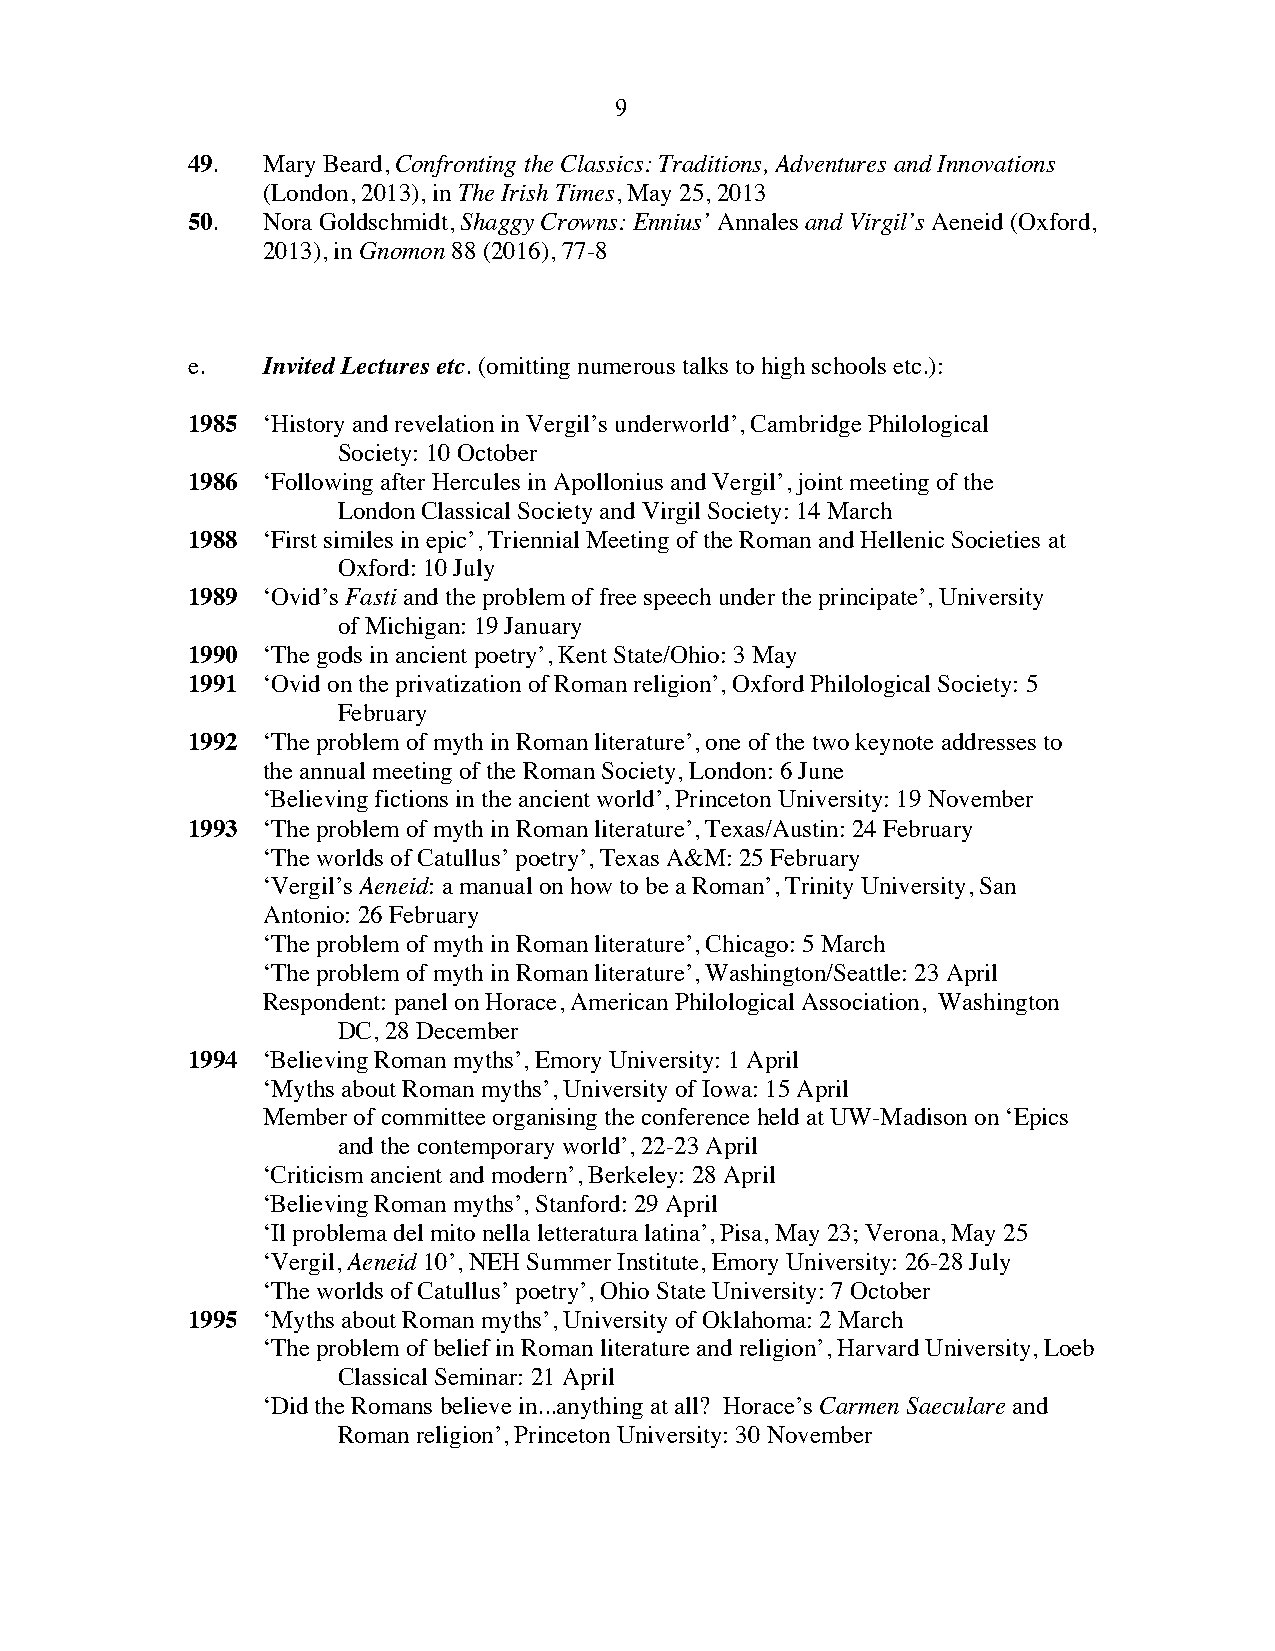
9
 49.  Mary Beard, Confronting the Classics: Traditions, Adventures and Innovations
 (London, 2013), in The Irish Times, May 25, 2013
 50.  Nora Goldschmidt, Shaggy Crowns: Ennius’ Annales and Virgil’s Aeneid (Oxford,
 2013), in Gnomon 88 (2016), 77-8
 e.   Invited Lectures etc. (omitting numerous talks to high schools etc.):
 1985 ‘History and revelation in Vergil’s underworld’, Cambridge Philological
 Society: 10 October
 1986 ‘Following after Hercules in Apollonius and Vergil’, joint meeting of the
 London Classical Society and Virgil Society: 14 March
 1988 ‘First similes in epic’, Triennial Meeting of the Roman and Hellenic Societies at
 Oxford: 10 July
 1989 ‘Ovid’s Fasti and the problem of free speech under the principate’, University
 of Michigan: 19 January
 1990 ‘The gods in ancient poetry’, Kent State/Ohio: 3 May
 1991 ‘Ovid on the privatization of Roman religion’, Oxford Philological Society: 5
 February
 1992 ‘The problem of myth in Roman literature’, one of the two keynote addresses to
 the annual meeting of the Roman Society, London: 6 June
 ‘Believing fictions in the ancient world’, Princeton University: 19 November
 1993 ‘The problem of myth in Roman literature’, Texas/Austin: 24 February
 ‘The worlds of Catullus’ poetry’, Texas A&M: 25 February
 ‘Vergil’s Aeneid: a manual on how to be a Roman’, Trinity University, San
 Antonio: 26 February
 ‘The problem of myth in Roman literature’, Chicago: 5 March
 ‘The problem of myth in Roman literature’, Washington/Seattle: 23 April
 Respondent: panel on Horace, American Philological Association, Washington
 DC, 28 December
 1994 ‘Believing Roman myths’, Emory University: 1 April
 ‘Myths about Roman myths’, University of Iowa: 15 April
 Member of committee organising the conference held at UW-Madison on ‘Epics
 and the contemporary world’, 22-23 April
 ‘Criticism ancient and modern’, Berkeley: 28 April
 ‘Believing Roman myths’, Stanford: 29 April
 ‘Il problema del mito nella letteratura latina’, Pisa, May 23; Verona, May 25
 ‘Vergil, Aeneid 10’, NEH Summer Institute, Emory University: 26-28 July
 ‘The worlds of Catullus’ poetry’, Ohio State University: 7 October
 1995 ‘Myths about Roman myths’, University of Oklahoma: 2 March
 ‘The problem of belief in Roman literature and religion’, Harvard University, Loeb
 Classical Seminar: 21 April
 ‘Did the Romans believe in...anything at all? Horace’s Carmen Saeculare and
 Roman religion’, Princeton University: 30 November